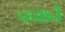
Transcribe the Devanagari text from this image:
च्हकते